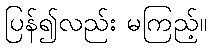
ပြန်၍လည်း မကြည့်။